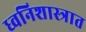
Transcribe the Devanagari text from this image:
ध्वनिशास्त्रात